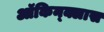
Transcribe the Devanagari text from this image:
ऑकिन्क्लास